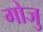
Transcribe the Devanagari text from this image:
गोजु